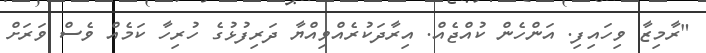
"ރާމިޒާ ވިހައިފި. އަންހެން ކުއްޖެއް. އިރާދަކުރެއްވިއްޔާ ދަރިފުޅުގެ ހުރިހާ ކަމެއް ވެސް ވަރަށް